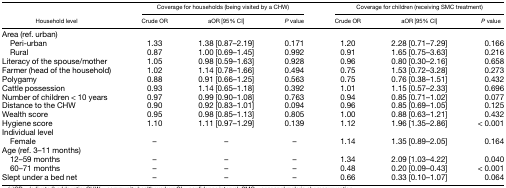
<table><thead><tr><td></td><td colspan="3"><b>Coverage for households (being visited by a CHW)</b></td><td colspan="3"><b>Coverage for children (receiving SMC treatment)</b></td></tr><tr><td><b>Household level</b></td><td><b>Crude OR</b></td><td><b>aOR [95% CI]</b></td><td><b><i>P</i> value</b></td><td><b>Crude OR</b></td><td><b>aOR [95% CI]</b></td><td><b><i>P</i> value</b></td></tr></thead><tbody><tr><td>Area (ref. urban)</td><td></td><td></td><td></td><td></td><td></td><td></td></tr><tr><td> Peri-urban</td><td>1.33</td><td>1.38 [0.87–2.19]</td><td>0.171</td><td>1.20</td><td>2.28 [0.71–7.29]</td><td>0.166</td></tr><tr><td> Rural</td><td>0.87</td><td>1.00 [0.69–1.45]</td><td>0.992</td><td>0.91</td><td>1.65 [0.75–3.63]</td><td>0.216</td></tr><tr><td>Literacy of the spouse/mother</td><td>1.05</td><td>0.98 [0.59–1.63]</td><td>0.928</td><td>0.96</td><td>0.80 [0.30–2.16]</td><td>0.658</td></tr><tr><td>Farmer (head of the household)</td><td>1.02</td><td>1.14 [0.78–1.66]</td><td>0.494</td><td>0.75</td><td>1.53 [0.72–3.28]</td><td>0.273</td></tr><tr><td>Polygamy</td><td>0.88</td><td>0.91 [0.66–1.25]</td><td>0.563</td><td>0.75</td><td>0.76 [0.38–1.51]</td><td>0.432</td></tr><tr><td>Cattle possession</td><td>0.93</td><td>1.14 [0.65–1.18]</td><td>0.392</td><td>1.01</td><td>1.15 [0.57–2.33]</td><td>0.696</td></tr><tr><td>Number of children &lt; 10 years</td><td>0.97</td><td>0.99 [0.90–1.08]</td><td>0.763</td><td>0.94</td><td>0.85 [0.71–1.02]</td><td>0.077</td></tr><tr><td>Distance to the CHW</td><td>0.90</td><td>0.92 [0.83–1.01]</td><td>0.094</td><td>0.96</td><td>0.85 [0.69–1.05]</td><td>0.125</td></tr><tr><td>Wealth score</td><td>0.95</td><td>0.98 [0.85–1.13]</td><td>0.805</td><td>1.00</td><td>0.88 [0.63–1.21]</td><td>0.432</td></tr><tr><td>Hygiene score</td><td>1.10</td><td>1.11 [0.97–1.29]</td><td>0.139</td><td>1.12</td><td>1.96 [1.35–2.86]</td><td>&lt; 0.001</td></tr><tr><td>Individual level</td><td></td><td></td><td></td><td></td><td></td><td></td></tr><tr><td> Female</td><td>–</td><td>–</td><td>–</td><td>1.14</td><td>1.35 [0.89–2.05]</td><td>0.164</td></tr><tr><td>Age (ref. 3–11 months)</td><td></td><td></td><td></td><td></td><td></td><td></td></tr><tr><td> 12–59 months</td><td>–</td><td>–</td><td>–</td><td>1.34</td><td>2.09 [1.03–4.22]</td><td>0.040</td></tr><tr><td> 60–71 months</td><td>–</td><td>–</td><td>–</td><td>0.48</td><td>0.20 [0.09–0.43]</td><td>&lt; 0.001</td></tr><tr><td>Slept under a bed net</td><td>–</td><td>–</td><td>–</td><td>0.66</td><td>0.33 [0.10–1.07]</td><td>0.064</td></tr></tbody></table>